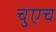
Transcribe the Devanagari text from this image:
चुएच